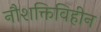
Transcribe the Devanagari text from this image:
नौशक्तिविहीन